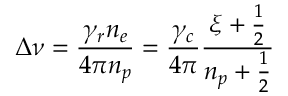
\Delta \nu = \frac { \gamma _ { r } n _ { e } } { 4 \pi n _ { p } } = \frac { \gamma _ { c } } { 4 \pi } \frac { \xi + \frac { 1 } { 2 } } { n _ { p } + \frac { 1 } { 2 } }